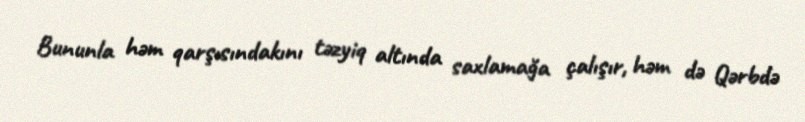
Bununla həm qarşısındakını təzyiq altında saxlamağa çalışır, həm də Qərbdə